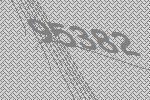
95382